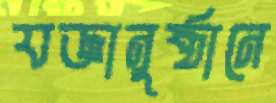
যজ্ঞানুষ্ঠানে